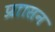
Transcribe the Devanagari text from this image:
प्राासन